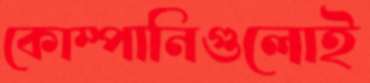
কোম্পানিগুলোই